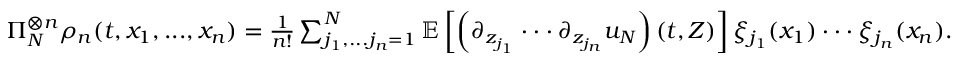
\begin{array} { r } { \Pi _ { N } ^ { \otimes n } \rho _ { n } ( t , x _ { 1 } , . . . , x _ { n } ) = \frac { 1 } { n ! } \sum _ { j _ { 1 } , . . . j _ { n } = 1 } ^ { N } \mathbb { E } \left[ \left( \partial _ { z _ { j _ { 1 } } } \cdot \cdot \cdot \partial _ { z _ { j _ { n } } } u _ { N } \right) ( t , Z ) \right] \xi _ { j _ { 1 } } ( x _ { 1 } ) \cdot \cdot \cdot \xi _ { j _ { n } } ( x _ { n } ) . } \end{array}